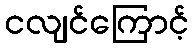
ငလျင်ကြောင့်